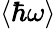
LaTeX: \langle\hbar\omega\rangle